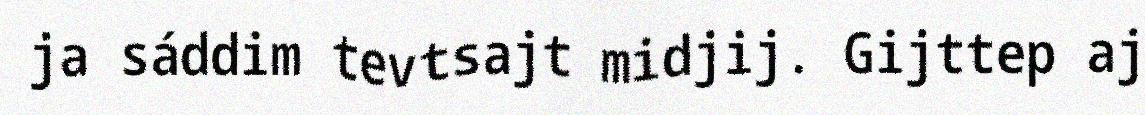
ja sáddim tevtsajt midjij. Gijttep aj